Indian journal of veterinary science and animal husbandry - Volumes 22-23, 1952-1953
Year: 1952
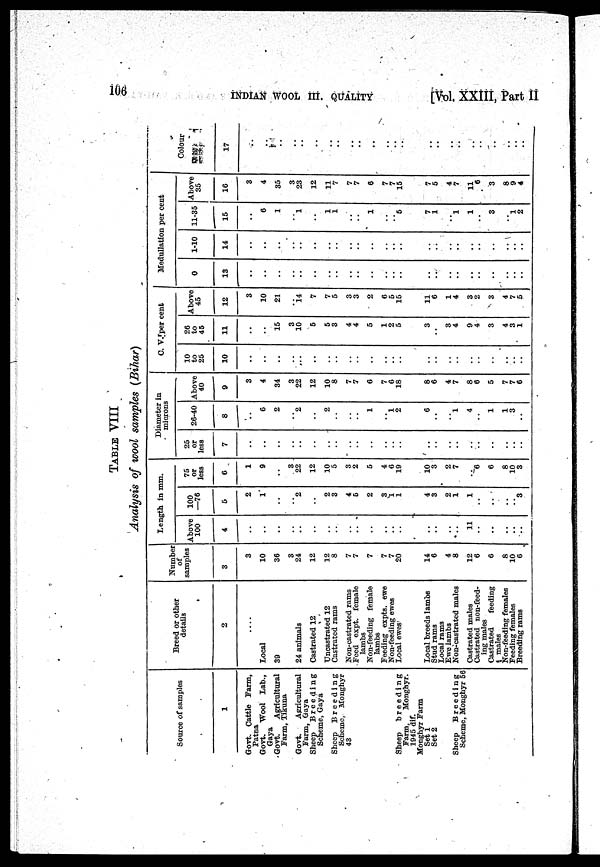
106
INDIAN
WOOL
III.
QUALITY
[Vol. XXIII, Part II
TABLE VIII
Analysis of wool samples (Bihar)
Source of samples
1
Govt. Cattle Farm,
Patna
Govt.
Wool Lab.,
Gaya
Govt.
Agricultural
Farm, Tikuna
Govt.
Agricultural
Farm, Gaya
Sheep
Breeding
Scheme, Gaya
Sheep
Breeding
Scheme, Monghyr
43
Sheep
breeding
Farm,
Monghyr.
1945 dif.
Monghyr Farm
Set 1
Set 2
Sheep
Breeding
Scheme, Monghyr 56
Breed or other
details
2
....
Local
39
24 animals
Castrated 12
Uncastrated 12
Castrated rams
Non-castrated rams
Feed expt. female
lambs
Non-feeding female
lambs
Feeding expts. ewe
Non-feeding ewes
Local ewes'
Local breeds lambs
Stud rams
Local rams
Ewe lambs
Non-castrated males
Castrated males
Castrated non-feed-
ing males
Castrated
feeding
males
Non-feeding females
Feeding females
Breeding rams
Number
of
samples
3
3
10
36
3
24
12
12
8
7
7
7
7
7
20
14
6
4
8
12
6
6
8
10
6
Length in mm.
Above
100
4
..
..
..
..
..
..
..
..
.. ..
..
..
..
..
..
..
.. ..
11
..
..
..
..
..
100
—76
5
2
1
..
.. 2
..
2
3
4
5
2
3
1 1
4
3
2
1
1
..
..
..
.. 3
75
or
less
6
1
9
..
3
22
12
10
5
3
2
5
4
6
19
10
3
2
7
..
6
6
8
10
3
Diameter in
• microns
25
or
less
7
..
..
..
..
..
..
..
..
..
..
..
..
..
..
..
..
..
..
26-40
8
..
6
2
.. 2
2
..
..
..
1
1
2
6
..
.. 1
4
..
1
1
3
..
Above
40
9
3
4
34
3
22
12
10
8
7
7
6
7
6
18
8
6
4
7
8
6
5
7
7
6
C. V.[per cent
10
to
25
10
..
..
..
..
..
..
..
..
..
..
26
to
45
11
..
..
15
3
10
5
5
3
4
4
5
1
2
5
3
3
4
9
4
3
4
3
1
Above
45
12
3
10
21
.. 14
7
7
5
3
3
2
6
5
15
11
6
1
4
3
2
3
4
7
5
Medullation per cent
0
13
..
..
..
..
..
..
..
..
..
..
..
..
..
..
..
..
..
..
..
..
..
..
..
..
1-10
14
..
..
..
..
..
..
..
..
..
..
..
..
..
..
..
..
..
..
.. ..
..
..
..
..
..
11-35
15
..
6
1
1
..
1
1
..
..
1
..
.. 5
7
1
1
1
3
1
2
Above
35
16
3
4
35
3
23
12
11
7
7
7
6
7
7
15
7
5
4
7
11
6
3
8
9
4
Colour
17
..
..
..
..
..
..
..
..
..
..
..
..
..
..
..
..
..
..
..
..
..
..
..
..